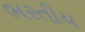
ભરતીય